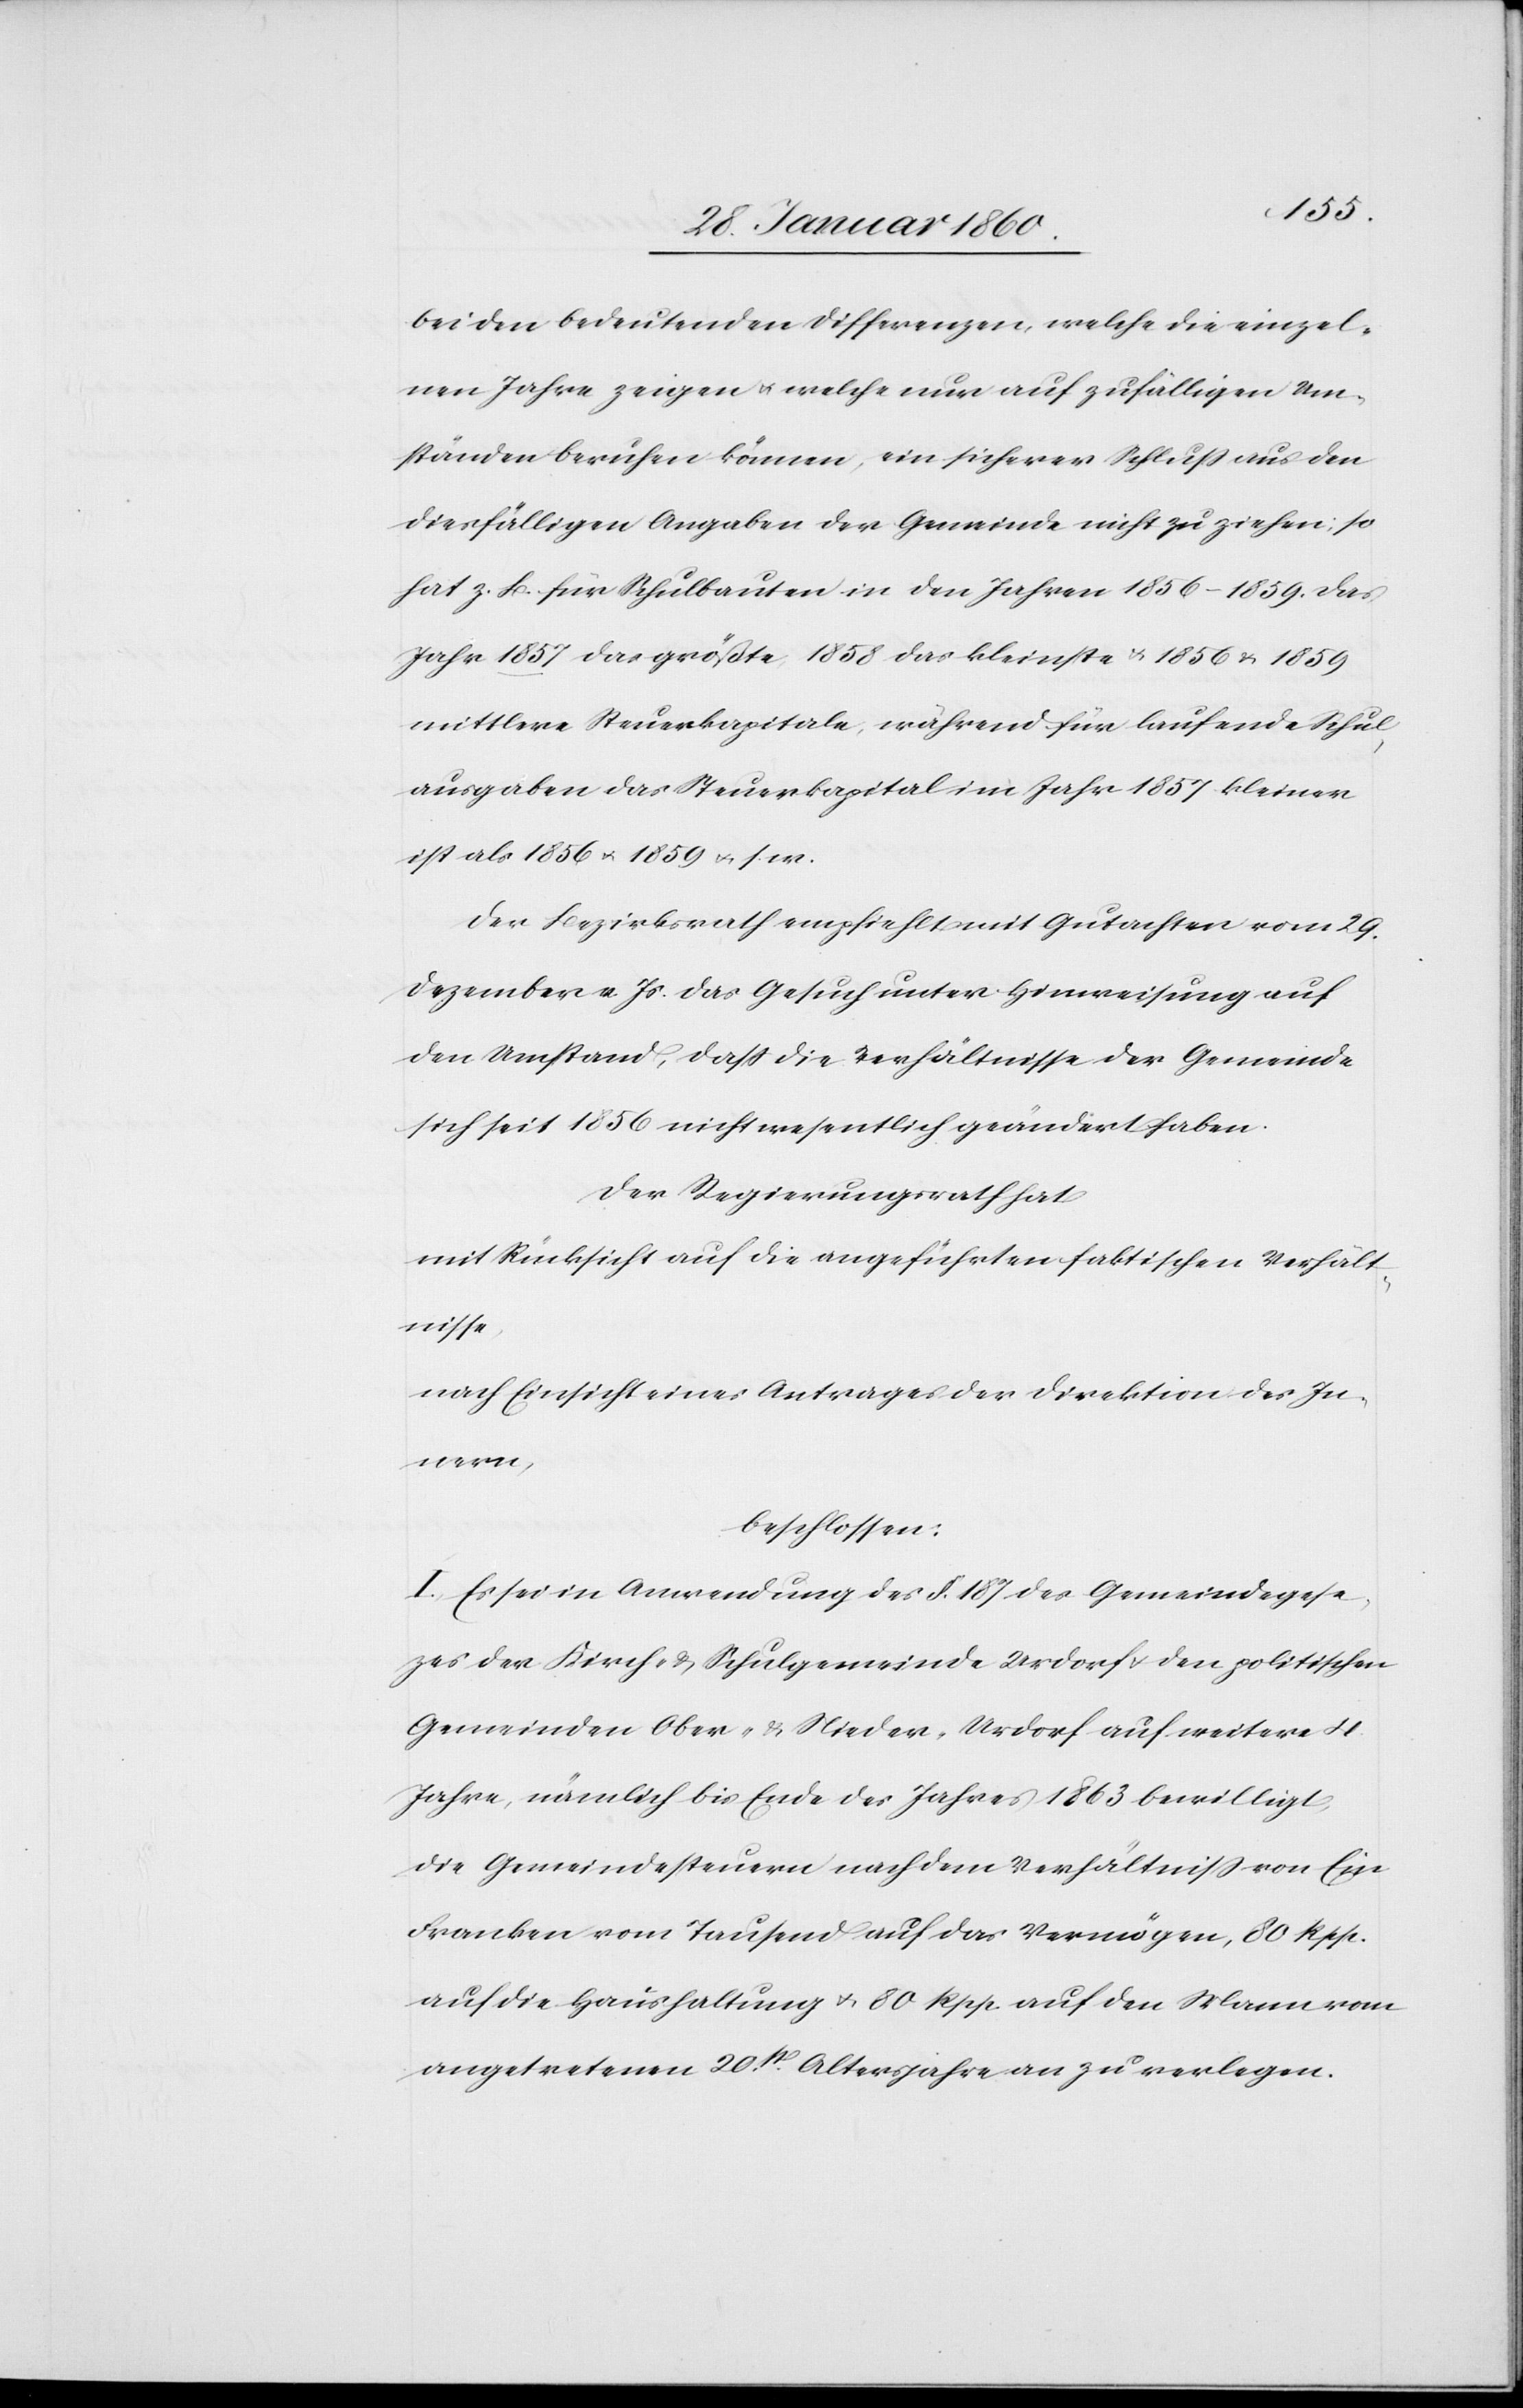
bei den bedeutenden Differenzen, welche die einzel¬
nen Jahre zeigen u. welche nur auf zufälligen Um¬
ständen beruhen können, ein sicherer Schluss aus den
diesfälligen Anßgaben der Gemeinde nicht zu ziehen, so
hat z. B. für Schulbauten in den Jahren 1856–1859 . das
Jahr 1857 das größte 1858 das kleinste u. 1856 u. 1859
mittlere Steuerkapitale, während für laufende Schul¬
ausgaben das Steuerkapital im Jahr 1857 kleiner
ist als 1856 u. 1859 u. s. w.
Der Bezirksrath empfiehlt mit Gutachten vom 29.
Dezember v. Js. das Gesuch unter Hinweisung auf
den Umstand, dass die Verhältnisse der Gemeinde
sich seit 1856 nicht wesentlich geändert haben.
Der Regierungsrath hat
mit Rücksicht auf die angeführten faktischen Verhält¬
nisse
nach Einsicht eines Antrages der Direktion des In¬
nern,
beschlossen:
I. Es sei in Anwendung des §. 187. des Gemeindegese¬
tzes der Kirch- u. Schulgemeinde Urdorf u. den politischen
Gemeinden ober- u. Nieder-Urdorf auf weitere 4.
Jahre, nämlich bis Ende des Jahres 1863 bewilligt,
die Gemeindesteuern nach dem Verhältniss von Ein
Franken von Tausend auf das Vermögen, 80 Rpp.
auf die Haushaltung u. 80 Rpp. auf den Mann vom
angetretenen 20t Altersjahre an zu verlegen.